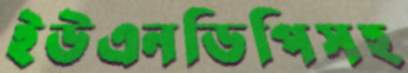
ইউএনডিপিসহ